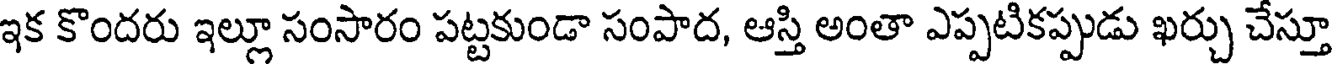
ఇక కొందరు ఇల్లూ సంసారం పట్టకుండా సంపాద, ఆస్తి అంతా ఎప్పటికప్పుడు ఖర్చు చేస్తూ